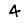
Digit: 4